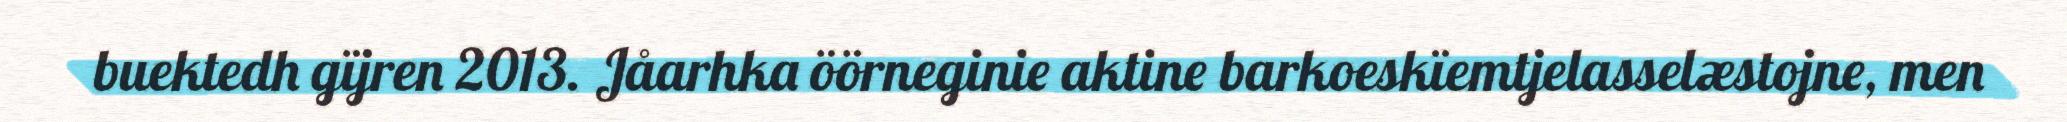
buektedh gïjren 2013. Jåarhka öörneginie aktine barkoeskïemtjelasselæstojne, men